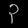
Digit: ၃